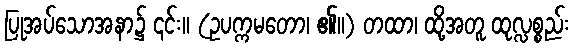
ပြုအပ်သောအနာ၌ ၎င်း။ (ဥပက္ကမတော၊ ၏။) တထာ၊ ထို့အတူ ထုလ္လစ္စည်း